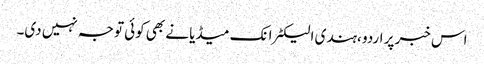
اس خبر پر اردو ،ہندی الیکٹرانک میڈیا نے بھی کوئی توجہ نہیں دی۔